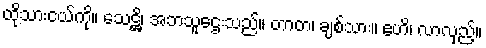
ထိုသားငယ်ကို။ သေဋ္ဌိ၊ အဘသူဌေးသည်။ တာတ၊ ချစ်သား။ ဧဟိ၊ လာလှည့်။